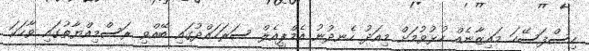
ހިސްފަސޭހަ މައިޒާނެއް ހުޅުވުމަށް މިއަދު ހެނދުނު އެމްޕީއެލް ސަރަހައްދުގައި ބޭއްވި ރަސްމިއްޔާތުގައި ވާހަކަ